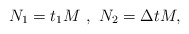
\begin{align*}N_1=t_1M\,\,,\,\, N_2=\Delta t M,\end{align*}